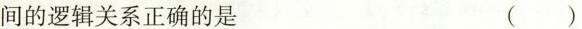
间的逻辑关系正确的是 ()